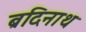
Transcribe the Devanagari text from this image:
ब्रदिनाथ